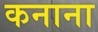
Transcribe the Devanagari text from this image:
कनाना